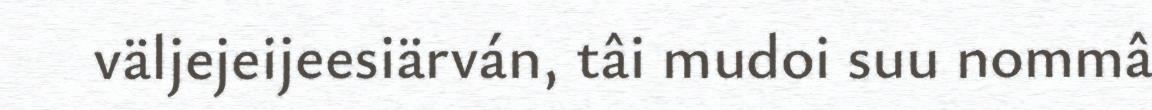
väljejeijeesiärván, tâi mudoi suu nommâ